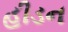
હીડન